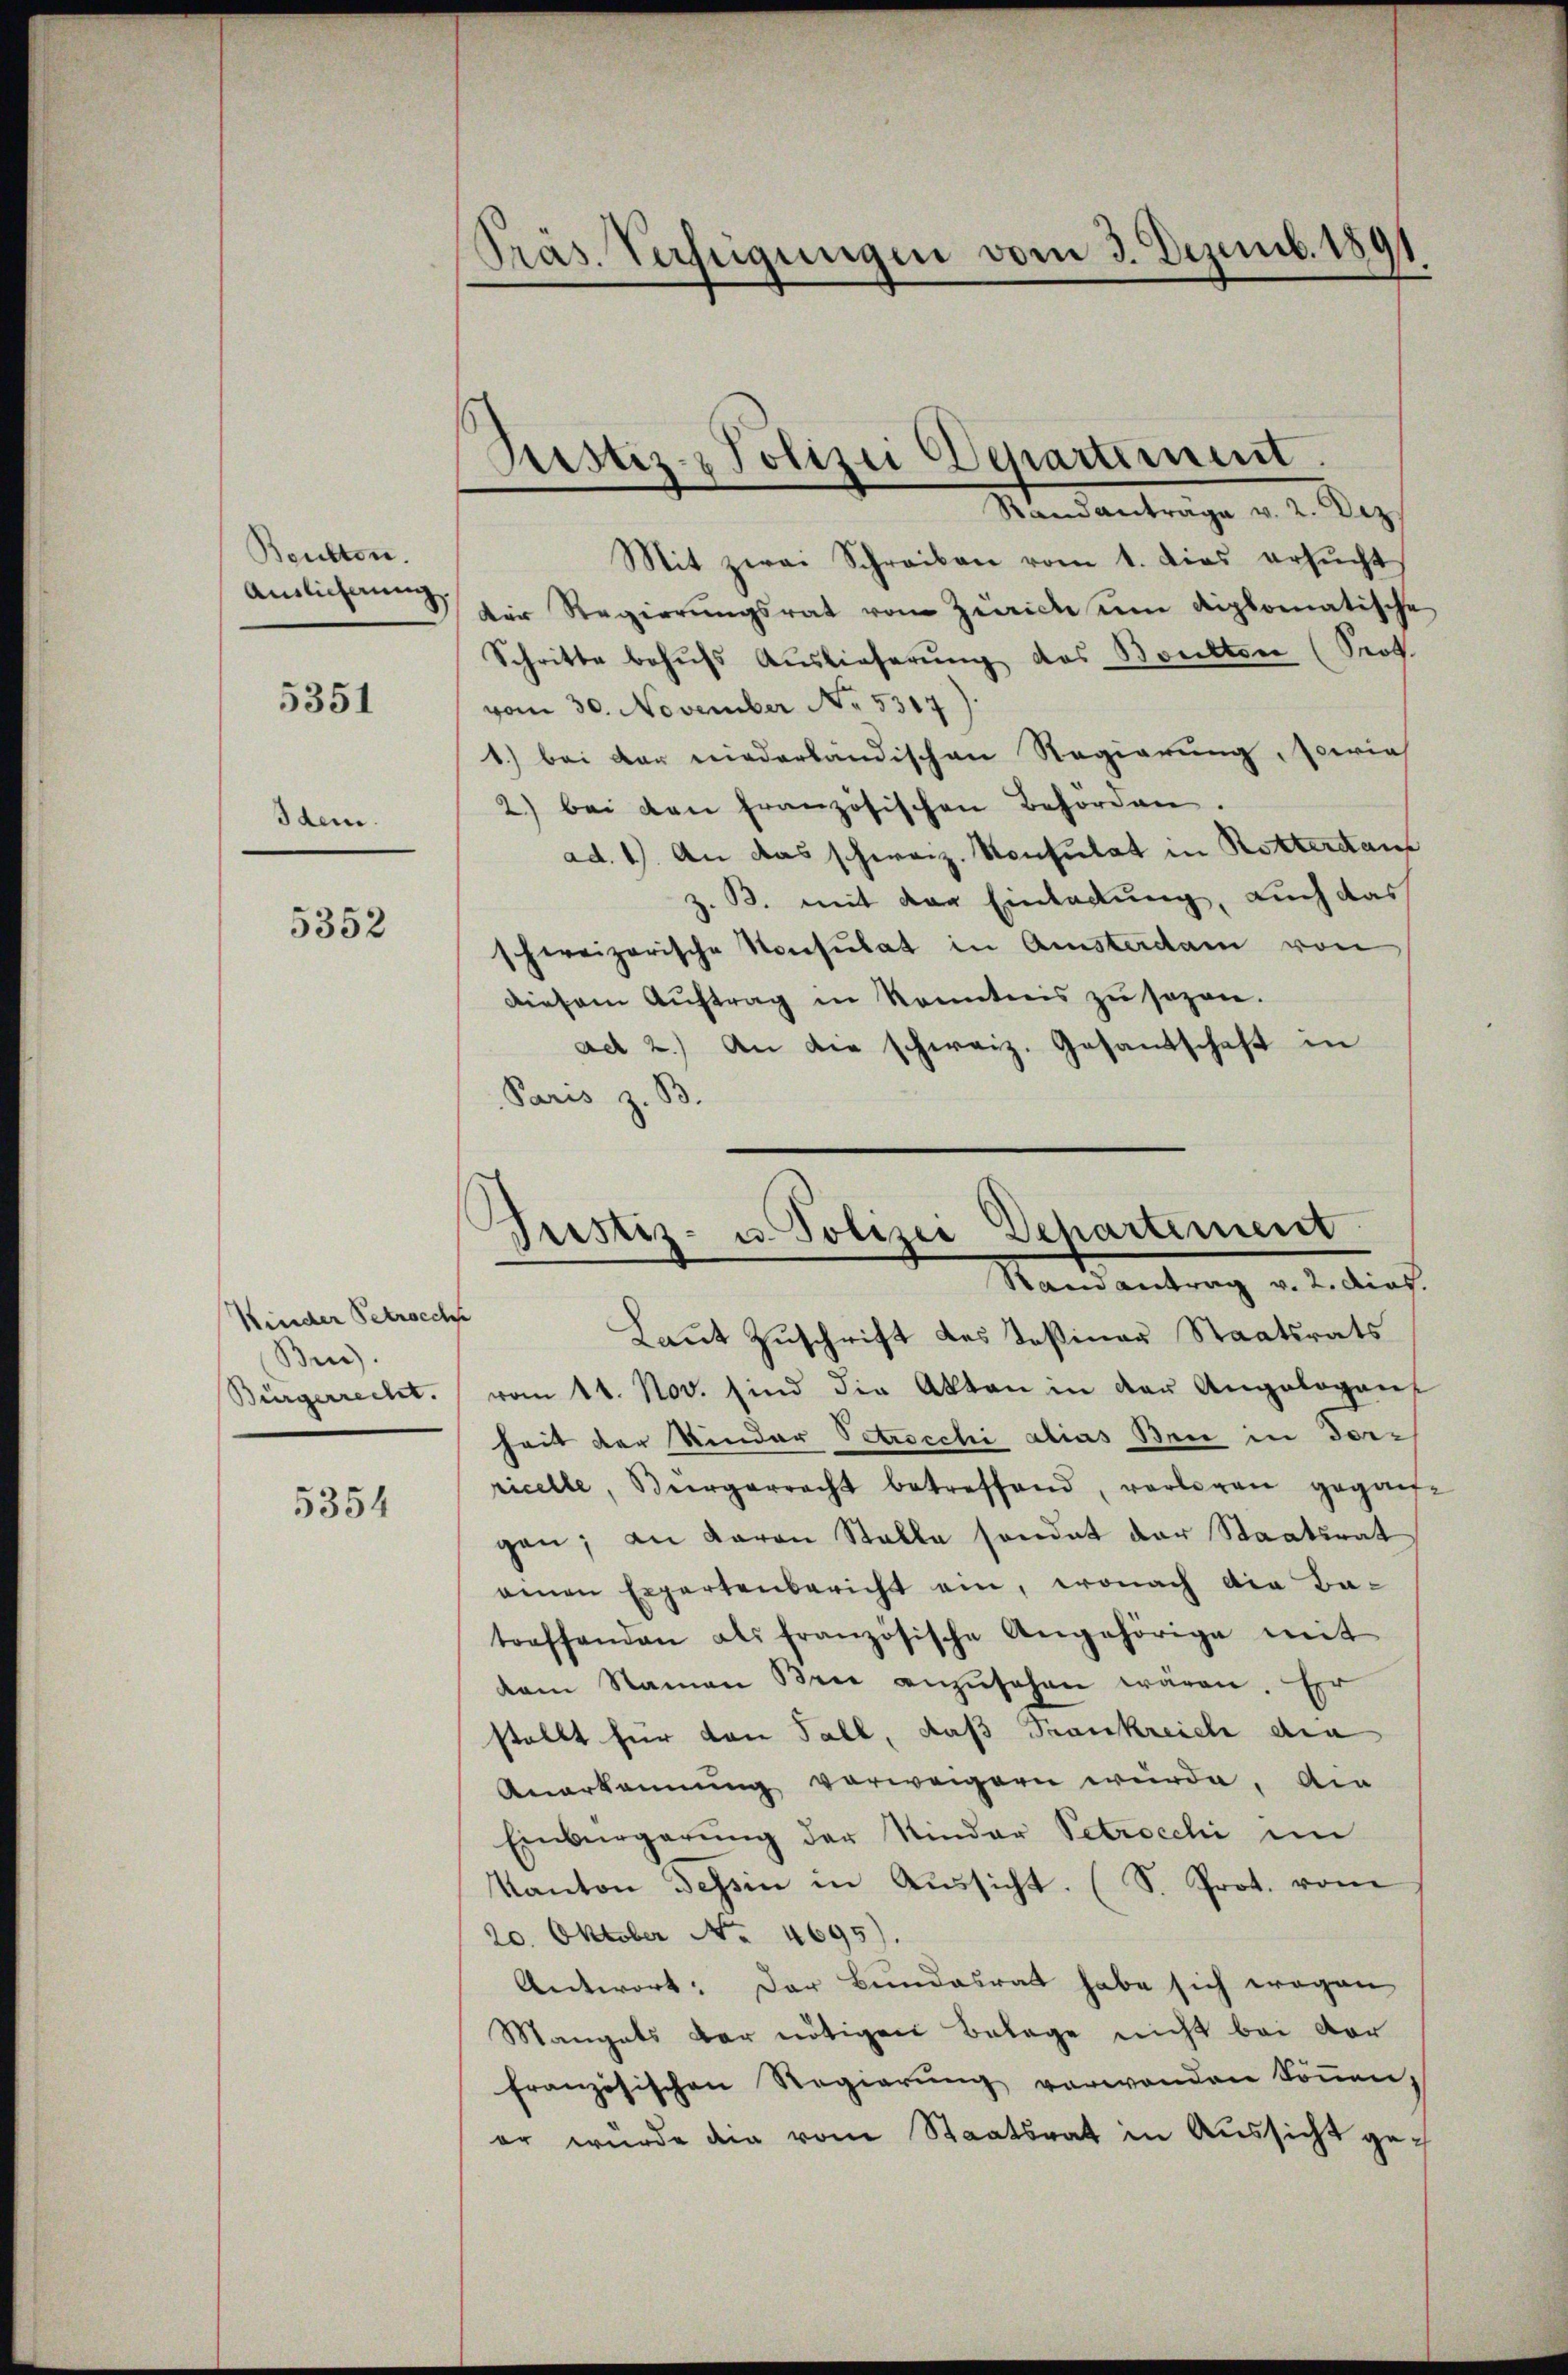
Beulton.
Auslieferung
5351

Idem.

5352

Kinder Petrocch
Ben).
Bürgerrecht.

5354

Präs. Verfügungen vom 3. Dezemb. 1891
.

Bestiz- & Polizei Departement
Randantrage v. 2. Dez.

Mit zwai Schreiben vom 1. dies ersŭcht
der Regierŭngsrat vom Zeich um diplomatische
Schritte behŭfs Auslieferŭng des Boulten (Prof.
vom 30. November No. 5317
1.) bei der niederländischen Regierung, sowie
2) bei den französischen Behörden.
ad. 1). An das schweiz. Konsulat in Rotterdan
z. B. mit der Einladung, auch das
schweizerische Konsulat in Amsterdam von
diesem Auftrag in Kenntnis zu sezen.
ad 2.) An die schweiz. Gesandtschaft in
Paris z. B.

Justiz- u. Polizei Departement
Randantrag v. 2. dies.

Laut Zuschrift des Teßiner Staatsrats
vom 11. Nov. sind die Akten in der Angelogen
heit der Kinder Petrocchi alias Bei in Forricelle, Bürgerrecht betreffend, vorlegen gegan-
gen; an daran Stalla sondet der Staatsrat
einen Expertenbericht ein, wonach die Batreffenden als französische Angehörige mit
dam Namen Brie anzŭsehen wären. Er
stellt für von Fall, daß Srankreich den
Anerkennung verweigern wurde. Am
Einbürgerung der Nieder Petrocchi im
Kanton Tessin in Aŭssicht. (S. Prot. vom
20. Oktober No. 4695).
Antwort: Der Bundesrat habe sich wegen
Mangels der nötigen Belage nicht bei vor
französischen Regierung vorwanden können,
er wurde der vom Staatsrat in Aŭssicht ge¬